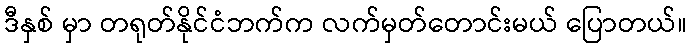
ဒီနှစ် မှာ တရုတ်နိုင်ငံဘက်က လက်မှတ်တောင်းမယ် ပြောတယ်။